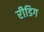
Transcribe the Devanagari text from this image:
रीडिग